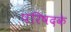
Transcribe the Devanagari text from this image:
परिषदके